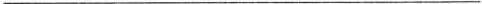
___